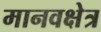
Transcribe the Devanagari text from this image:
मानवक्षेत्र